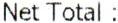
NET TOTAL :